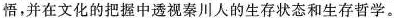
悟，并在文化的把握中透视秦川人的生存状态和生存哲学。